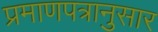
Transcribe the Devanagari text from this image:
प्रमाणपत्रानुसार